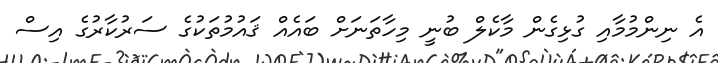
އެ ނިންމުމާއި ގުޅިގެން މާކެލް ބުނީ މިހާތަނަށް ބައެއް ޤައުމުތަކުގެ ސަރުކާރުގެ އިސް